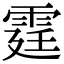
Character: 霆